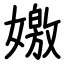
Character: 嬓